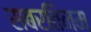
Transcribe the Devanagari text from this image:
सबरतिनम